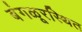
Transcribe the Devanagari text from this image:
बंगळूरस्थित